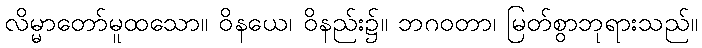
လိမ္မာတော်မူထသော။ ဝိနယေ၊ ဝိနည်း၌။ ဘဂဝတာ၊ မြတ်စွာဘုရားသည်။